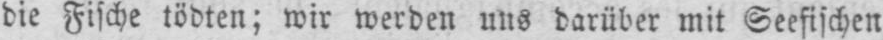
die Fische tödten; wir werden uns darüber mit Seefischen